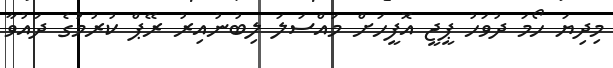
މިދިޔަ ހޯމަ ދުވަހު ޕީޖީ އޮފީހަށް މައްސަލަ ލިބުނުއިރު ރޭޕް ކުރުމުގެ ދައުވާ